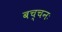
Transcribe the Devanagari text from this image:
बच्चनः